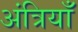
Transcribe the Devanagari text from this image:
अंत्रियाँ